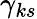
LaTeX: \gamma_{ks}